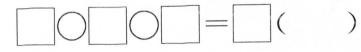
\Box \bigcirc \Box \bigcirc \Box =\Box（ ）